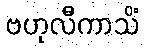
ဗဟုလီကာသိံ